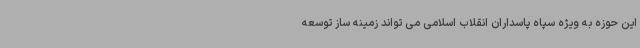
این حوزه به ویژه سپاه پاسداران انقلاب اسلامی می تواند زمینه ساز توسعه